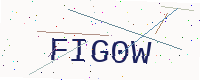
Text: FIG0W